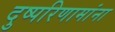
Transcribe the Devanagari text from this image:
दुष्परिणामांना